Vaccination in Bombay 1924-1928 - 1924-1928
Year: 1924
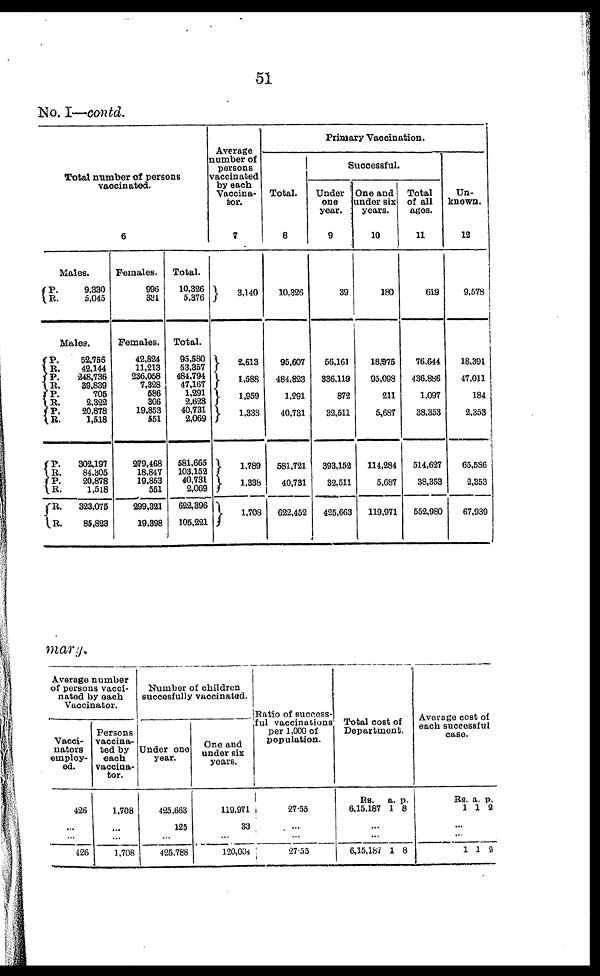
51
No. I—contd.
Total number of persons
vaccinated.
6
Males.
P.
R.
9,330
5,045
Males.
P.
R.
P.
R.
P.
R.
P. R.
P.
R.
P.
R.
R.
R.
52,756
42,144
248,736
39,839
705
2,322
20,878
1,518
302,197
84,305
20,878
1,518
323,075
85,823
Females.
996
331
Females.
42,824
11,213
236,058
7,328
586
306
19,853
551
279,468
18,847
19,853
551
299,321
19,398
Total.
10,326
5,376
Total.
95,580
53,357
484,794
47,167
1,291
2,628
40,731
2,069
581,665
103,152
40,731
2,069
622,396
105,221
Average
number of
persons
vaccinated
by each
Vaccina¬
tor.
7
3,140
2,613
1,588
1,959
1,338
1,789
1,338
1,708
Primary Vaccination.
Total.
8
10,326
95,607
484,823
1,291
40,731
581,721
40,731
622,452
Successful.
Under
one
year.
9
39
56,161
336,119
872
32,511
393,152
32,511
425,663
One and
under six
years.
10
180
18,975
95,098
211
5,687
114,284
5,687
119,971
Total
of all
ages.
11
619
76,644
436,886
1,097
38,353
514,627
38,353
552,980
Un¬
known.
12
9,578
18,391
47,011
184
2,353
65,586
2,353
67,939
mary.
Average number
of persons vacci-
nated by each
Vaccinator.
Vacci¬
nators
employ-
ed.
426
...
...
426
Persons
vaccina-
ted by
each
vaccina-
tor.
1,708
...
...
1,708
Number of children
succesfully vaccinated.
Under one
year.
425,663
125
...
425,788
One and
under six
years.
119,971
33
...
120,004
Ratio of success-
ful vaccinations
per 1,000 of
population.
27.55
...
...
27.55
Total cost of
Department.
Rs.
6,15,187
a
1
p.
8
...
...
6,15,187 1 8
Average cost of
each successful
case.
Rs.
1
a.
1
p.
2
...
...
1 1 2